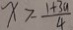
x > \frac { 1 + 3 a } { 4 }